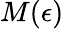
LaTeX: M(\epsilon)